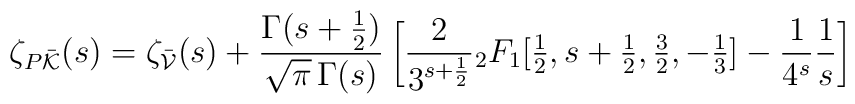
{\zeta_{P\bar{\cal K}}}(s)=\zeta_{\bar{\cal V}}(s)+\frac{\Gamma(s+\frac{1}{2})}{\sqrt{\pi}\,\Gamma(s)} \left[\frac{2}{3^{s+\frac{1}{2}}} {}_2F_{1}[{\textstyle\frac{1}{2}},{s+\textstyle\frac{1}{2}},{\textstyle\frac{3}{2}},-{\textstyle\frac{1}{3}}]-\frac{1}{4^s} \frac{1}{s} \right]